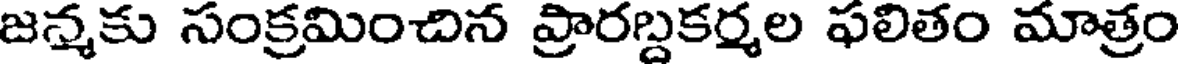
జన్మకు సంక్రమించిన ప్రారబ్దకర్మల ఫలితం మాత్రం